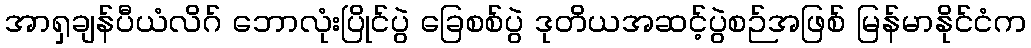
အာရှချန်ပီယံလိဂ် ဘောလုံးပြိုင်ပွဲ ခြေစစ်ပွဲ ဒုတိယအဆင့်ပွဲစဉ်အဖြစ် မြန်မာနိုင်ငံက